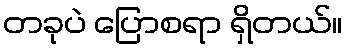
တခုပဲ ပြောစရာ ရှိတယ်။